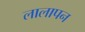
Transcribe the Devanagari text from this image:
लालापन